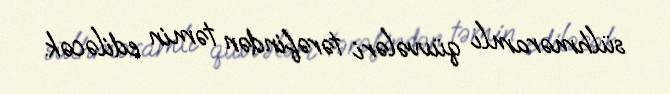
sülhməramlı qüvvələri tərəfindən təmin ediləcək.